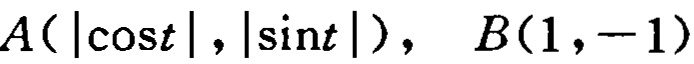
$A(|\cos t|,|\sin t|),\ B(1,-1)$